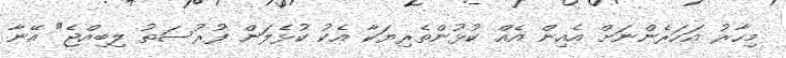
މިހާރު އަހަރެންނަށް އެއިން އެއް ކުޅުންތެރިޔަކާ އެކު ކުޅެލަން ފުރުސަތު ލިބިއްޖެ" އޭނާ